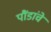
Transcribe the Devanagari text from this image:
पौंडांचे